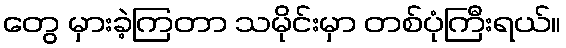
တွေ မှားခဲ့ကြတာ သမိုင်းမှာ တစ်ပုံကြီးရယ်။